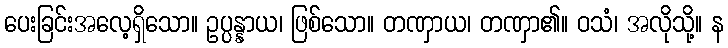
ပေးခြင်းအလေ့ရှိသော။ ဥပ္ပန္နာယ၊ ဖြစ်သော။ တဏှာယ၊ တဏှာ၏။ ဝသံ၊ အလိုသို့။ န